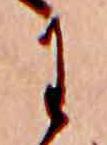
わ